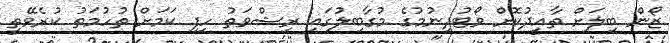
ޒޯން ބިލަށް ތާއީދުކޮށް ވޯޓުދިނުމުގެ މުގާބިލުގައި ރިޝްވަތު ހިފި ކަމަށް ތުހުމަތު ކުރެވޭތީ